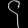
Digit: ၄